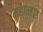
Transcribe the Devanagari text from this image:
महात्मार